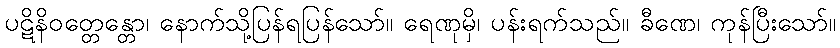
ပဋိနိဝတ္တေန္တော၊ နောက်သို့ပြန်ရပြန်သော်။ ရေဏုမှိ၊ ပန်းရက်သည်။ ခီဏေ၊ ကုန်ပြီးသော်။